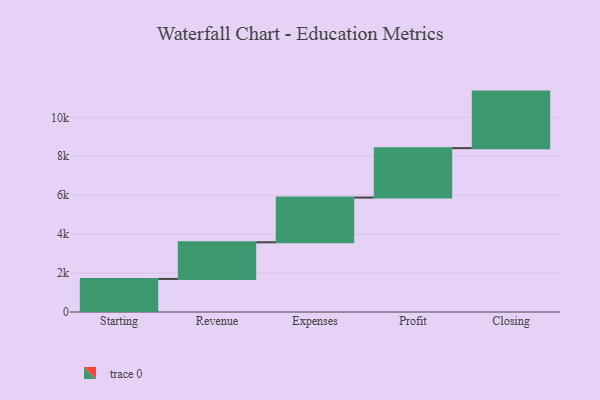
{"axis": {"x": "Step", "y": "Value"}, "legend": [""], "data": [{"x": "Starting", "y": 1699.0, "type": ""}, {"x": "Revenue", "y": 1881.0, "type": ""}, {"x": "Expenses", "y": 2298.0, "type": ""}, {"x": "Profit", "y": 2539.0, "type": ""}, {"x": "Closing", "y": 2904.0, "type": ""}]}